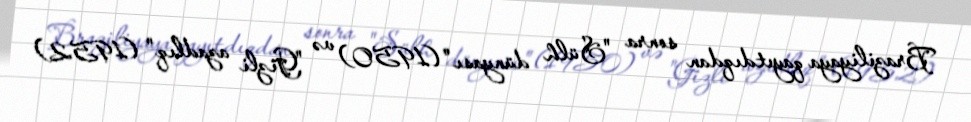
Braziliyaya qayıtdıqdan sonra "Sülh dünyası" (1950) və "Gizli azadlıq" (1952)